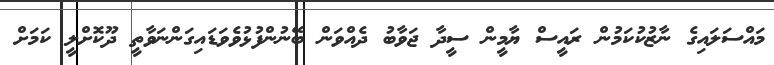
މައްސަލައިގެ ނާޒުކުކަމުން ރައީސް ޔާމީން ސީދާ ޖަވާބު ދެއްވަން ބޭނުންފުޅުވެވަޑައިގަންނަވާތީ ދޫކޮށްލީ ކަމަށް